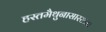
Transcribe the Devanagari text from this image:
हस्तमैथुनासारख्या